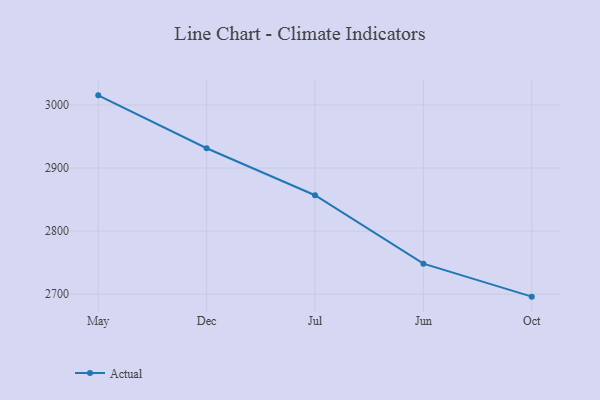
{"axis": {"x": "Month", "y": "Gross Profit (USD K)"}, "legend": ["Actual"], "data": [{"x": "May", "y": 3015.3, "type": "Actual"}, {"x": "Dec", "y": 2931.4, "type": "Actual"}, {"x": "Jul", "y": 2856.9, "type": "Actual"}, {"x": "Jun", "y": 2748.4, "type": "Actual"}, {"x": "Oct", "y": 2696.1, "type": "Actual"}]}